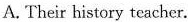
A. Their history teacher.